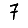
Digit: 7